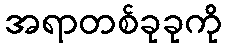
အရာတစ်ခုခုကို